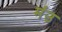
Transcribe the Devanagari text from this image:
मंउ